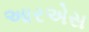
આરએસ